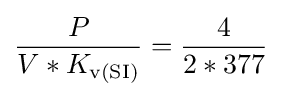
{\frac {P}{V*K_{\text{v(SI)}}}}={\frac {4}{2*377}}